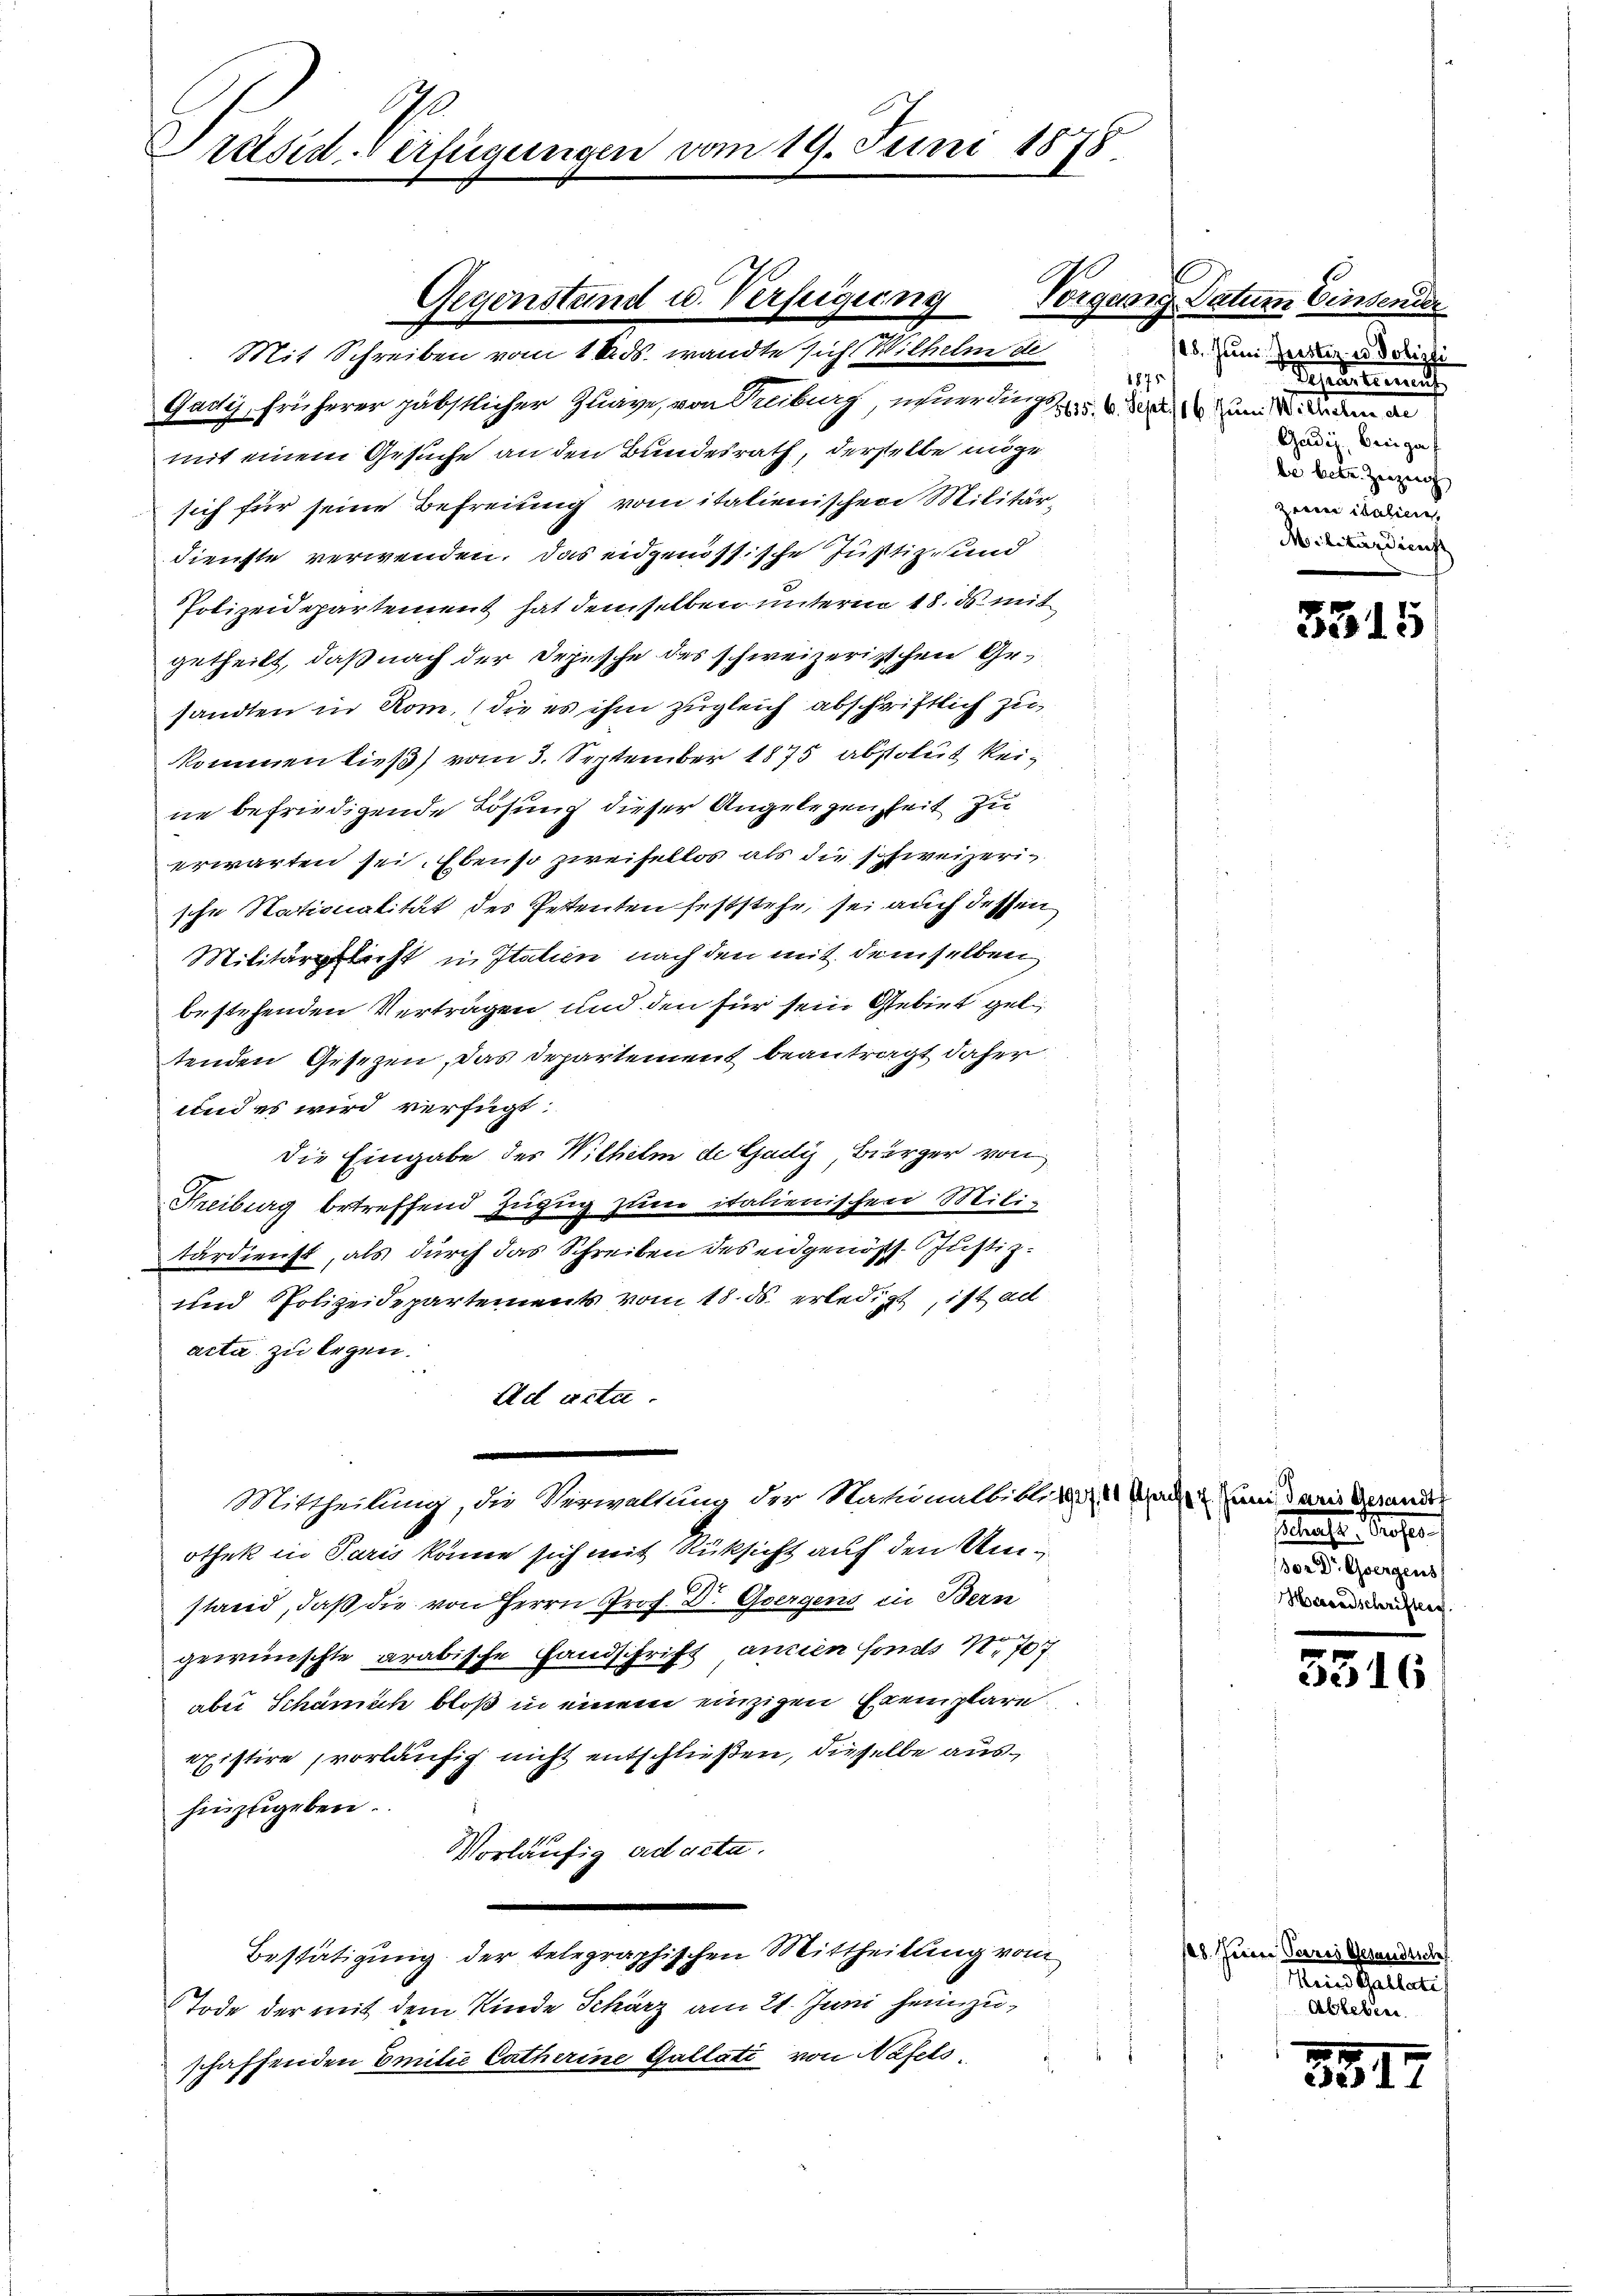
Ge
Präsid-Verfügungen vom 19. Juni 1878.

Gadyj, früherer päbstlicher Zuaye, von Treiburg, einerung um die an d
mit einem Gesuche an den Bundesrath, derselbe möge
sich für seine Befreiung vom italienischen Militär-
dienste verwenden. Das eidgenössische Justiz- und
Polizeidepartement hat demselben unterm 18. ds. mit
getheilt, daß nach der Depesche des schweizerischen Gesandten in Rom, die es ihm zugleich abschriftlich zu
kommen ließ vom 3. September 1875 absolut keine befriedigende Lösung dieser Angelegenheit zu
erwarten sei. Ebenso zweifellos als die schweizerische Stationalität des Petenten feststehe, sei auch dessen
Militärpflicht in Italien nach den mit demselben,
bestehenden Vertragen und den für sein Gebiet geli,
tenden Gesezen, das Departement beantragt daher
und es wird verfügt:
die Eingabe des Wilhelm de Gadiz, Burger von
Freiburg betreffend Zuzug zum italienischen Militärdienst, als durch das Schreiben des eidgenöss. Justiz¬
und Polizeidepartements vom 18. ds. erledigt, ist ad
acta zu legen.
Ad acta.
Mittheilung, die Verwaltung der Nationalbiblik in Nach 2. Juni daris Gesandt
othek in Paris könne sich mit Rüksicht auf den Umstand, daß die von Herrn Prof. Dr. Gergens in Bern
gewünschte arabische Handschrift ancien fonds N. 707.
aber Schanisch bloß in einem einzigen Exemplare.
existire vorläufig nicht entschließen, dieselbe aushinzugeben.
Vorläufig ad acta.
Bestätigung der telegraphischen Mittheilung vom
Tode der mit dem Kinde Schärz am 21. Juni heimzuschaffenden Emilie Catherine Gallati von Näfels¬

Gegenstand u. Verfügung
Mit Schreiben vom 18. ds. wandte sich Wilhelm de

1875

Vorgang Datum Einsender
/25. Juni. Jerotiz in Polizti
Schreiten auf
Gudig, Beigas
be betr. Zeigenh
 calien
Militärdiens

5315

slangen eher
or Dr. Osergens
Haradschriften

5316

18. Juni Paris Gesandtsch
Hanhalte
Ablebene

554.